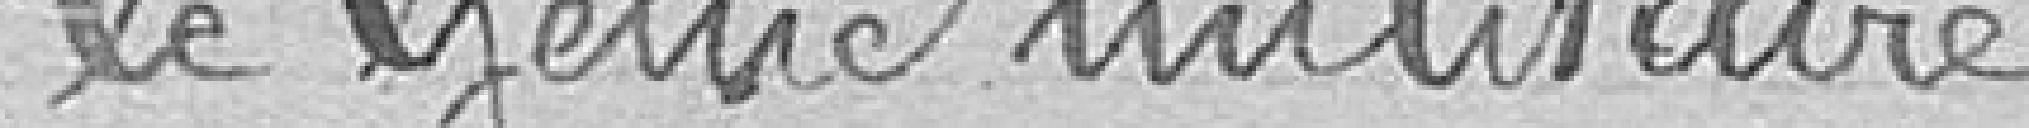
le Génie militaire